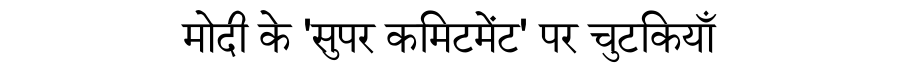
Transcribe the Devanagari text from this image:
मोदी के 'सुपर कमिटमेंट' पर चुटकियाँ